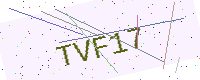
Text: TVF17